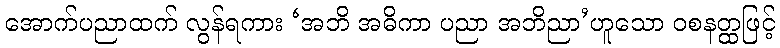
အောက်ပညာထက် လွန်ရကား ‘အဘိ အဓိကာ ပညာ အဘိညာ’ဟူသော ဝစနတ္ထဖြင့်